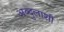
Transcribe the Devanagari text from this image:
अब्दुलाशी